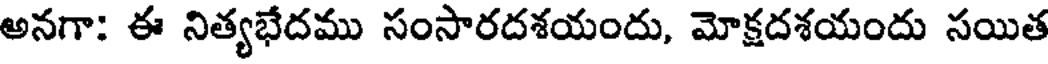
అనగా: ఈ నిత్యభేదము సంసారదశయందు, మోక్షదశయందు సయిత